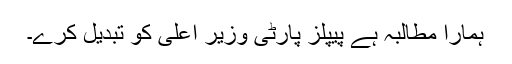
ہمارا مطالبہ ہے پیپلز پارٹی وزیر اعلیٰ کو تبدیل کرے۔